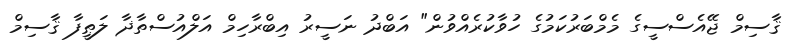
ޤާސިމް ޖޭއެސްސީގެ މެމްބަރުކަމުގެ ހުވާކުރެއްވުން" އަބްދު ނަސީރު އިބްރާހިމް އަލްއުސްތާޛާ ލަޠީފާ ޤާސިމް